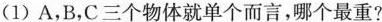
(1)A，B，C三个物体就单个而言，哪个最重?